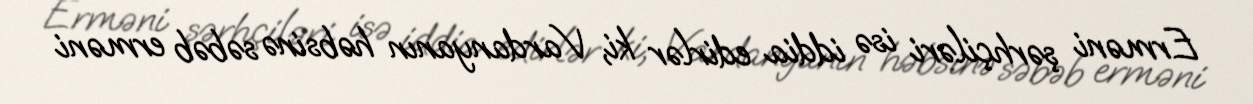
Erməni şərhçiləri isə iddia edirlər ki, Vardanyanın həbsinə səbəb erməni